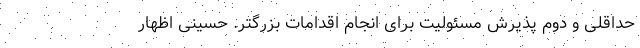
حداقلی و دوم پذیرش مسئولیت برای انجام اقدامات بزرگتر. حسینی اظهار